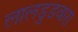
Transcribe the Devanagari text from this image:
लालडुडवारा